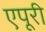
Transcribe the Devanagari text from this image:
एपूरी